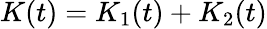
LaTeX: K(t)=K_{1}(t)+K_{2}(t)